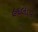
હદલાય